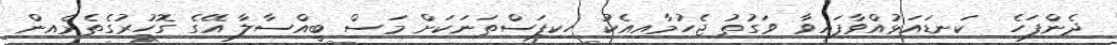
ދެންފަހެ  ކަނޑައަޅުއްވާފައިވާ ވަގުތު ޖެހުމާއިއެކު ހިކިފަސްތަނަކަށް މަސް ބީއްސާލާ އޭގެ ގޮހުރުގެތެރެއިން